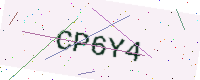
Text: CP6Y4